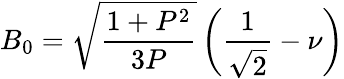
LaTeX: B_{0}=\sqrt{\frac{1+P^{2}}{3P}}\, \biggl(\frac{1}{\sqrt{2}}-\nu\biggr)